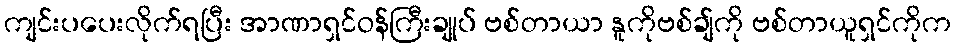
ကျင်းပပေးလိုက်ရပြီး အာဏာရှင်ဝန်ကြီးချုပ် ဗစ်တာယာ နူကိုဗစ်ချ်ကို ဗစ်တာယူရှင်ကိုက